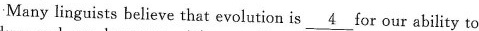
Many linguists believe that evolution is \underline{4} for our ability to